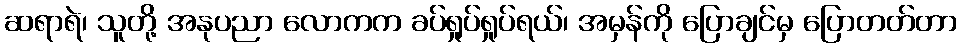
ဆရာရဲ၊ သူတို့ အနုပညာ လောကက ခပ်ရှုပ်ရှုပ်ရယ်၊ အမှန်ကို ပြောချင်မှ ပြောတတ်တာ